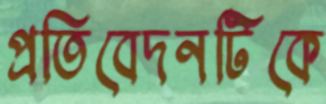
প্রতিবেদনটিকে